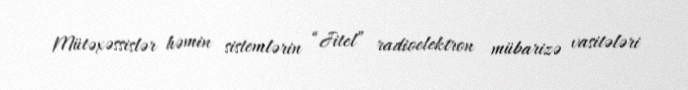
Mütəxəssislər həmin sistemlərin “Jitel” radioelektron mübarizə vasitələri